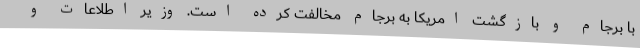
با برجام و بازگشت امریکا به برجام مخالفت کرده است. وزیر اطلاعات و